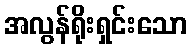
အလွန်ရိုးရှင်းသော